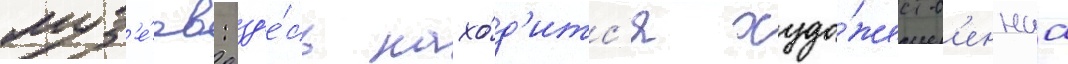
муз'е́ев: зд'е́сь нахо́д'итс'я худо́жеств'еннаа